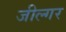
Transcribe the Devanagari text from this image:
जील्‍गर